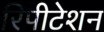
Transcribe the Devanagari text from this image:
रिपीटेशन